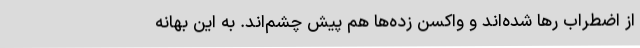
از اضطراب رها شده‌اند و واکسن زده‌ها هم پیش چشم‌اند. به این بهانه